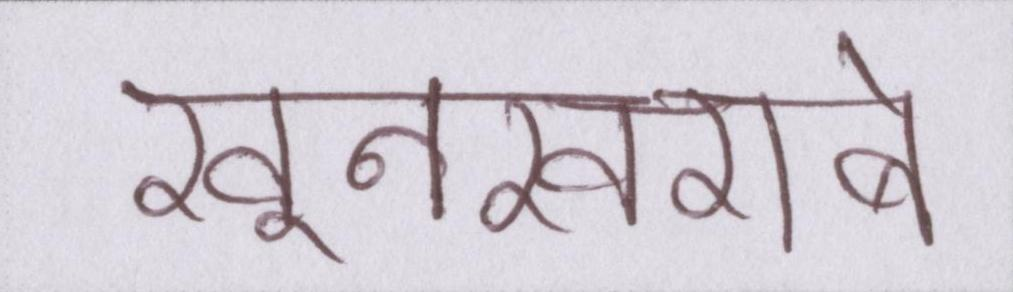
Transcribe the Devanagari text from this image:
खूनखराबे